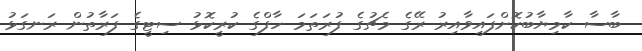
ބާސާ ކާމިޔާބުކޮށްފައިވާއިރު ރޭގެ މެޗުގެ ފުރަތަމަ ހާފްގެ ކުރީކޮޅު ސިޓީގެ ފަރާތުން ރަނގަޅު